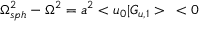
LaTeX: { \Omega _ { s p h } ^ { 2 } } - { \Omega } ^ { 2 } = a ^ { 2 } < u _ { 0 } | G _ { u , 1 } > \; \; \; < 0